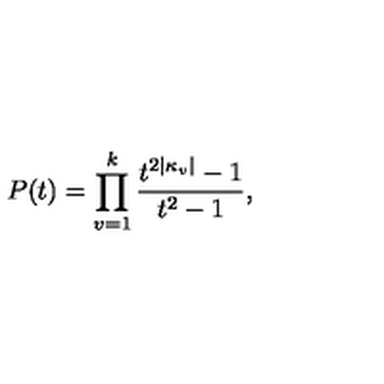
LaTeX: P ( t ) = \prod _ { v = 1 } ^ { k } \frac { t ^ { 2 | \kappa _ { v } | } - 1 } { t ^ { 2 } - 1 } ,